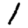
Digit: 1